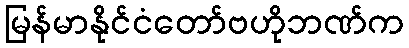
မြန်မာနိုင်ငံတော်ဗဟိုဘဏ်က